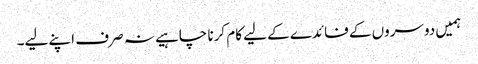
ہمیں دوسروں کے فائدے کے لیے کام کرنا چاہیے نہ صرف اپنے لیے۔